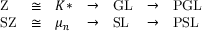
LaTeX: \begin{array} { l l l l l l l } { \mathrm { Z } } & { \cong } & { K * } & { \to } & { \mathrm { G L } } & { \to } & { \mathrm { P G L } } \\ { \mathrm { S Z } } & { \cong } & { \mu _ { n } } & { \to } & { \mathrm { S L } } & { \to } & { \mathrm { P S L } } \end{array}